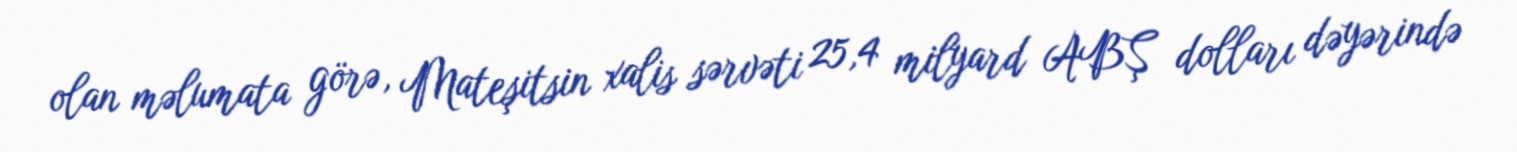
olan məlumata görə, Mateşitsin xalis sərvəti 25,4 milyard ABŞ dolları dəyərində